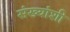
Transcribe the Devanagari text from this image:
संख्यांशी